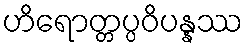
ဟိရောတ္တပ္ပဝိပန္နဿ